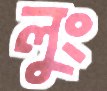
লুং